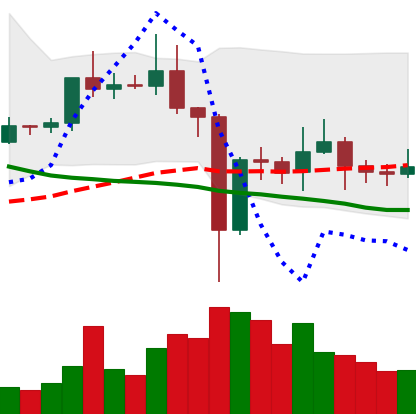
Ticker: EOS-USD
Chart end date: 2021-01-01
Forward return: 28.129%
Label: up_7plus